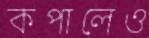
কপালেও